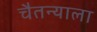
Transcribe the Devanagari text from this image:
चैतन्याला